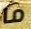
ما